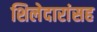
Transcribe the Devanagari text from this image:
शिलेदारांसह